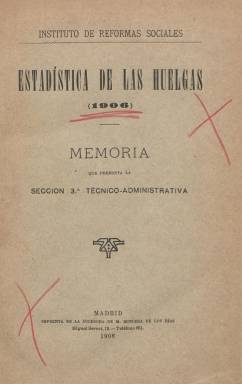
Título: Estadística de las huelgas
Colección: Economía || Anuarios e informes
Ámbito geográfico: Madrid
Lugar de publicación: Madrid
Fechas: 01/01/1906-31/12/1931